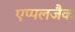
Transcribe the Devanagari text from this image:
एप्पलजैक